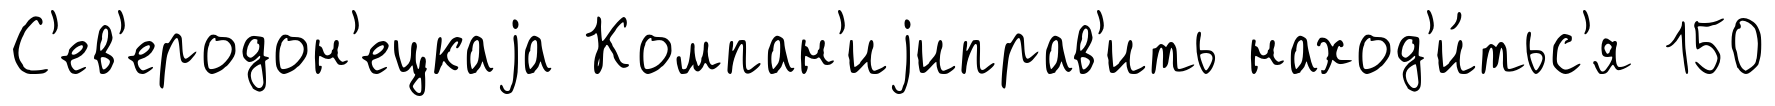
С'ев'еродон'ецкаjа Компан'иjиправ'ить наход'и́тьс'я 150